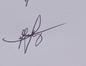
Signature authenticity: genuine